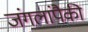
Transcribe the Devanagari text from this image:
जंगलांपैकी